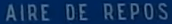
AIRE DE REPOS